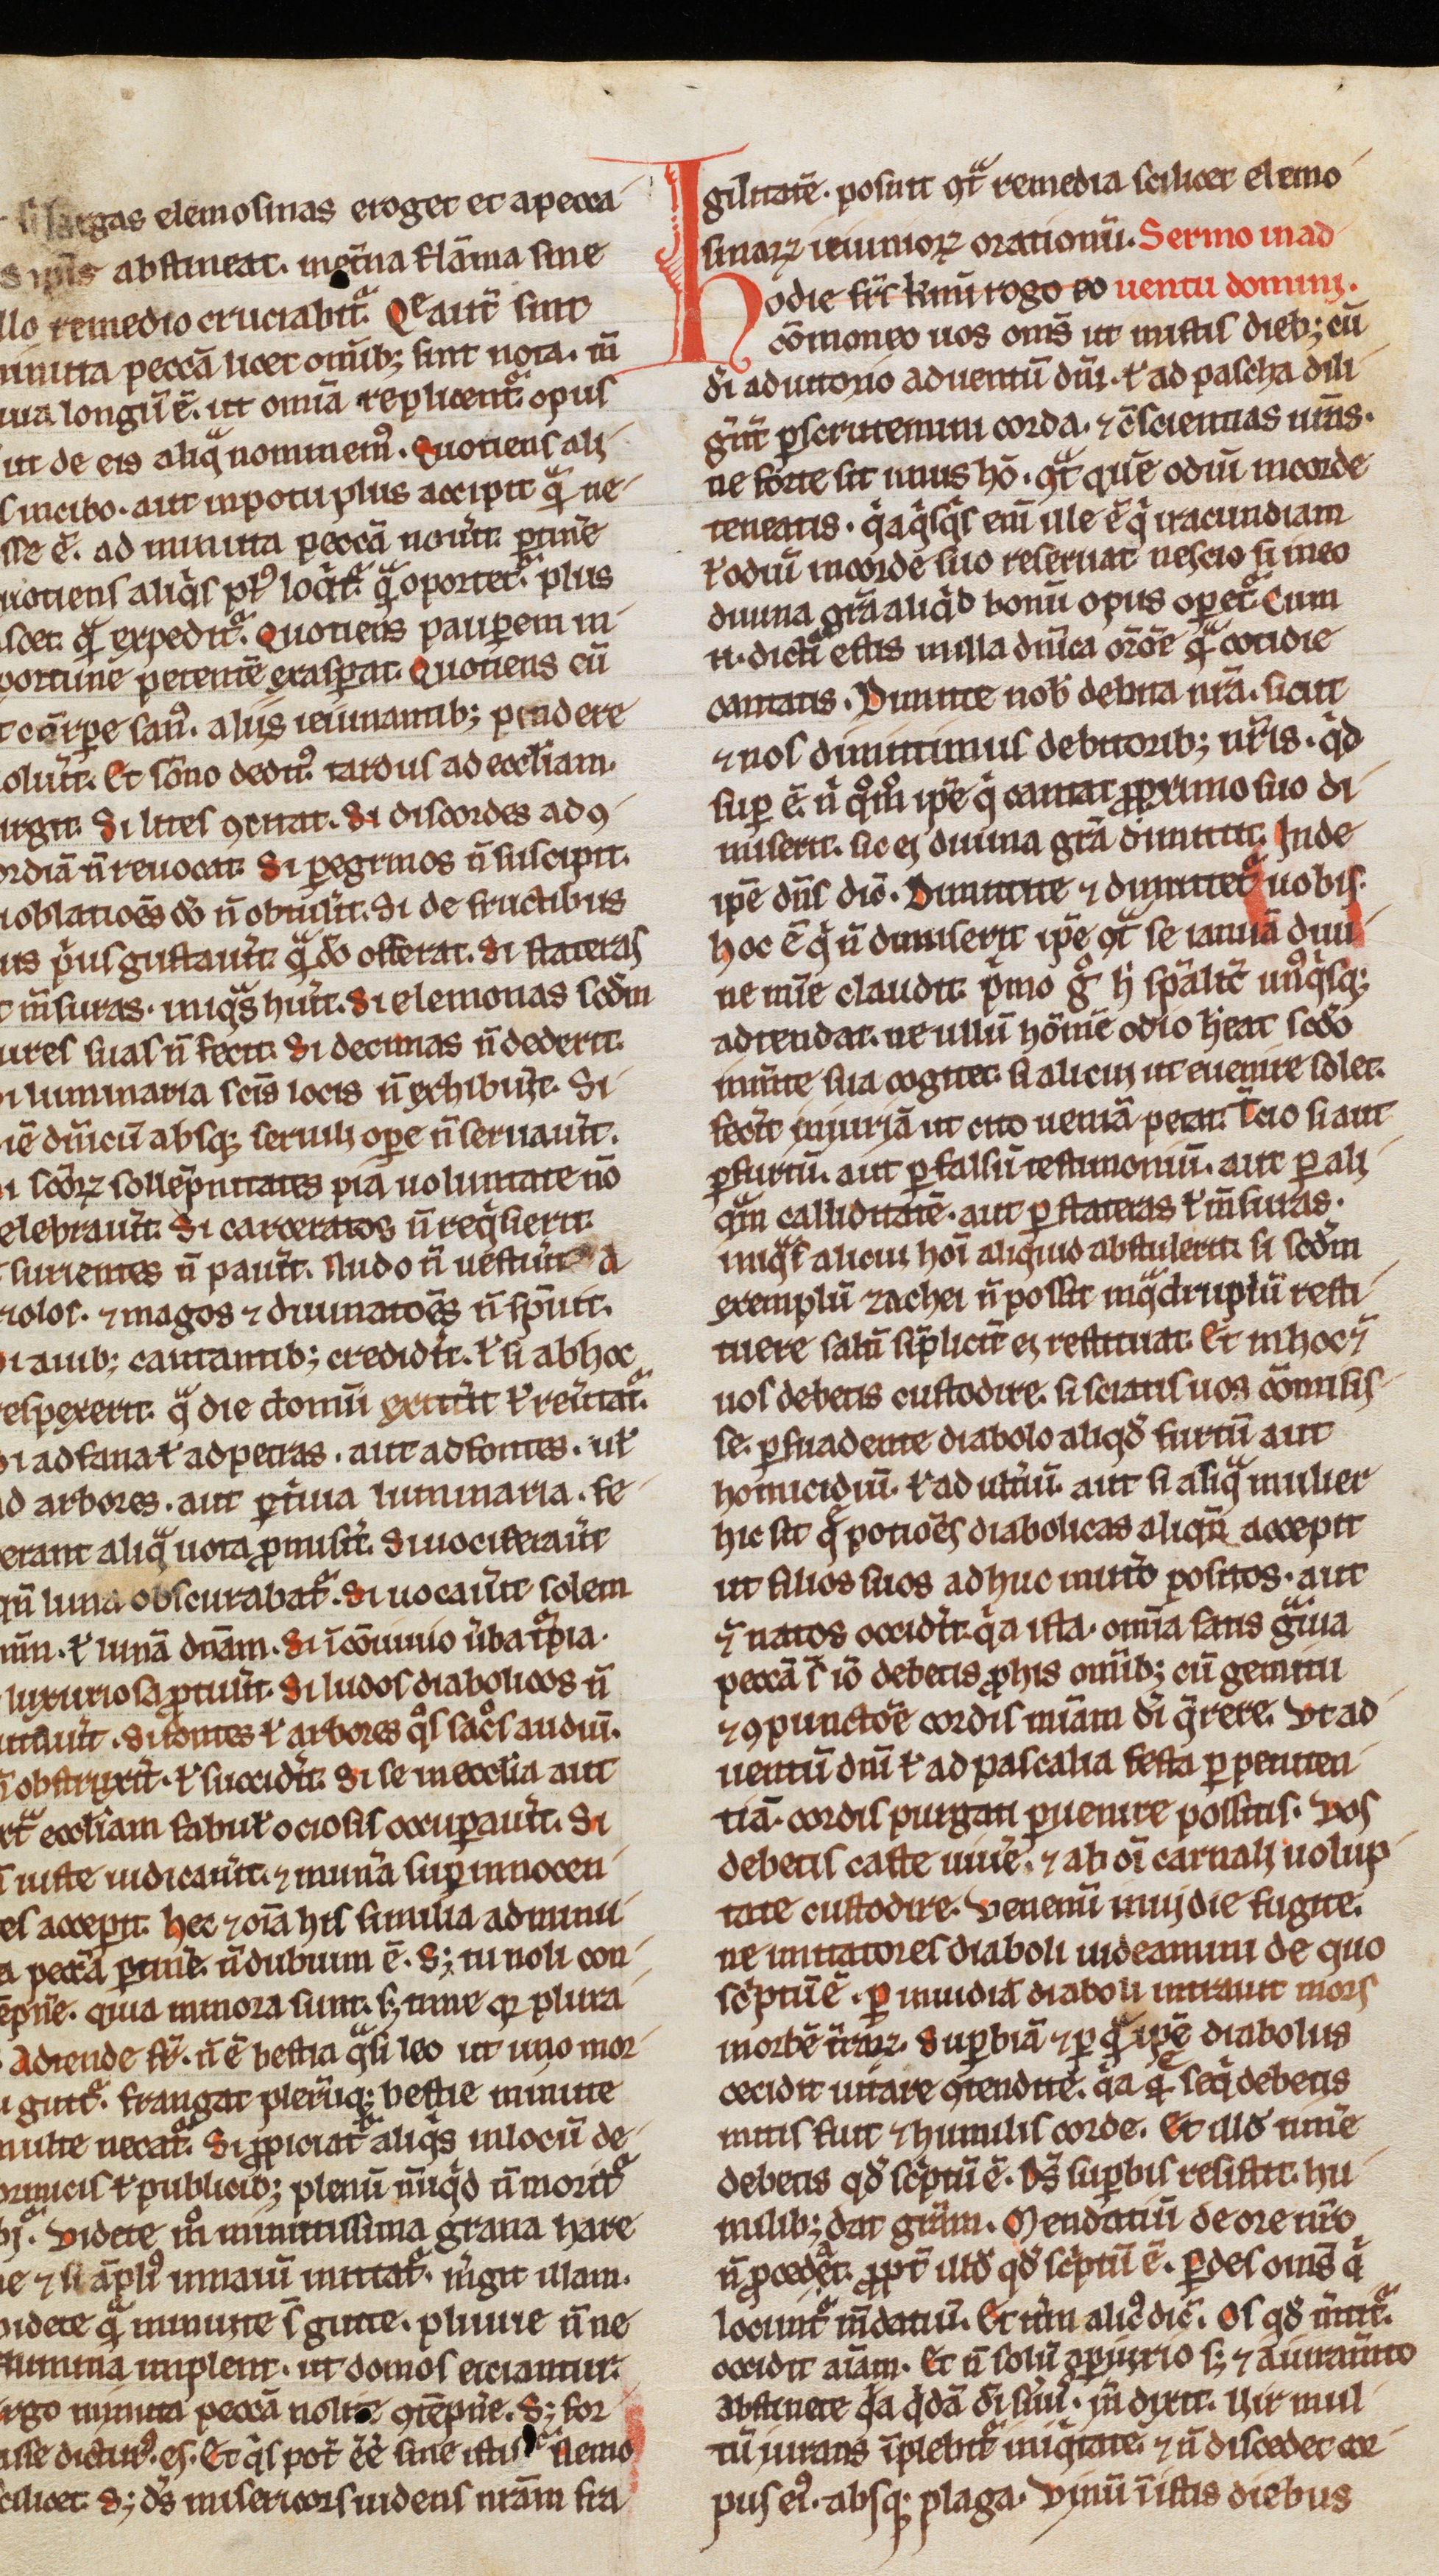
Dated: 1200–1249